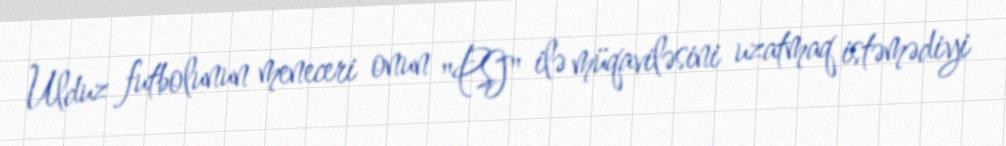
Ulduz futbolunun meneceri onun "PSJ" ilə müqaviləsini uzatmaq istəmədiyi